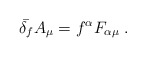
\begin{align*}\bar{\delta_f} A_\mu = f^{\alpha} F_{\alpha\mu} \;.\end{align*}